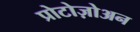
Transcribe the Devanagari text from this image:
प्रोटोज़ोअन